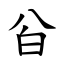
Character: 㒶